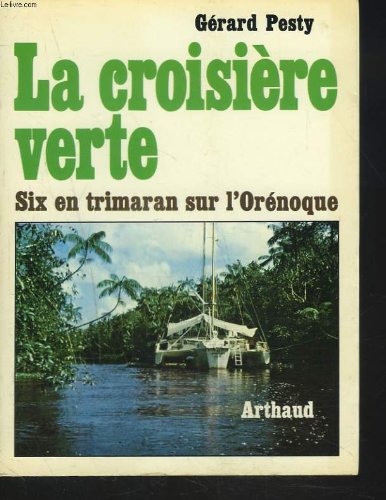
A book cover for La croisiere verte: Six en trimaran sur l'Orenoque (Collection Mer) (French Edition); Gerard Pesty; Travel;